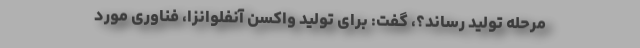
مرحله تولید رساند؟، گفت: برای تولید واکسن آنفلوانزا، فناوری مورد